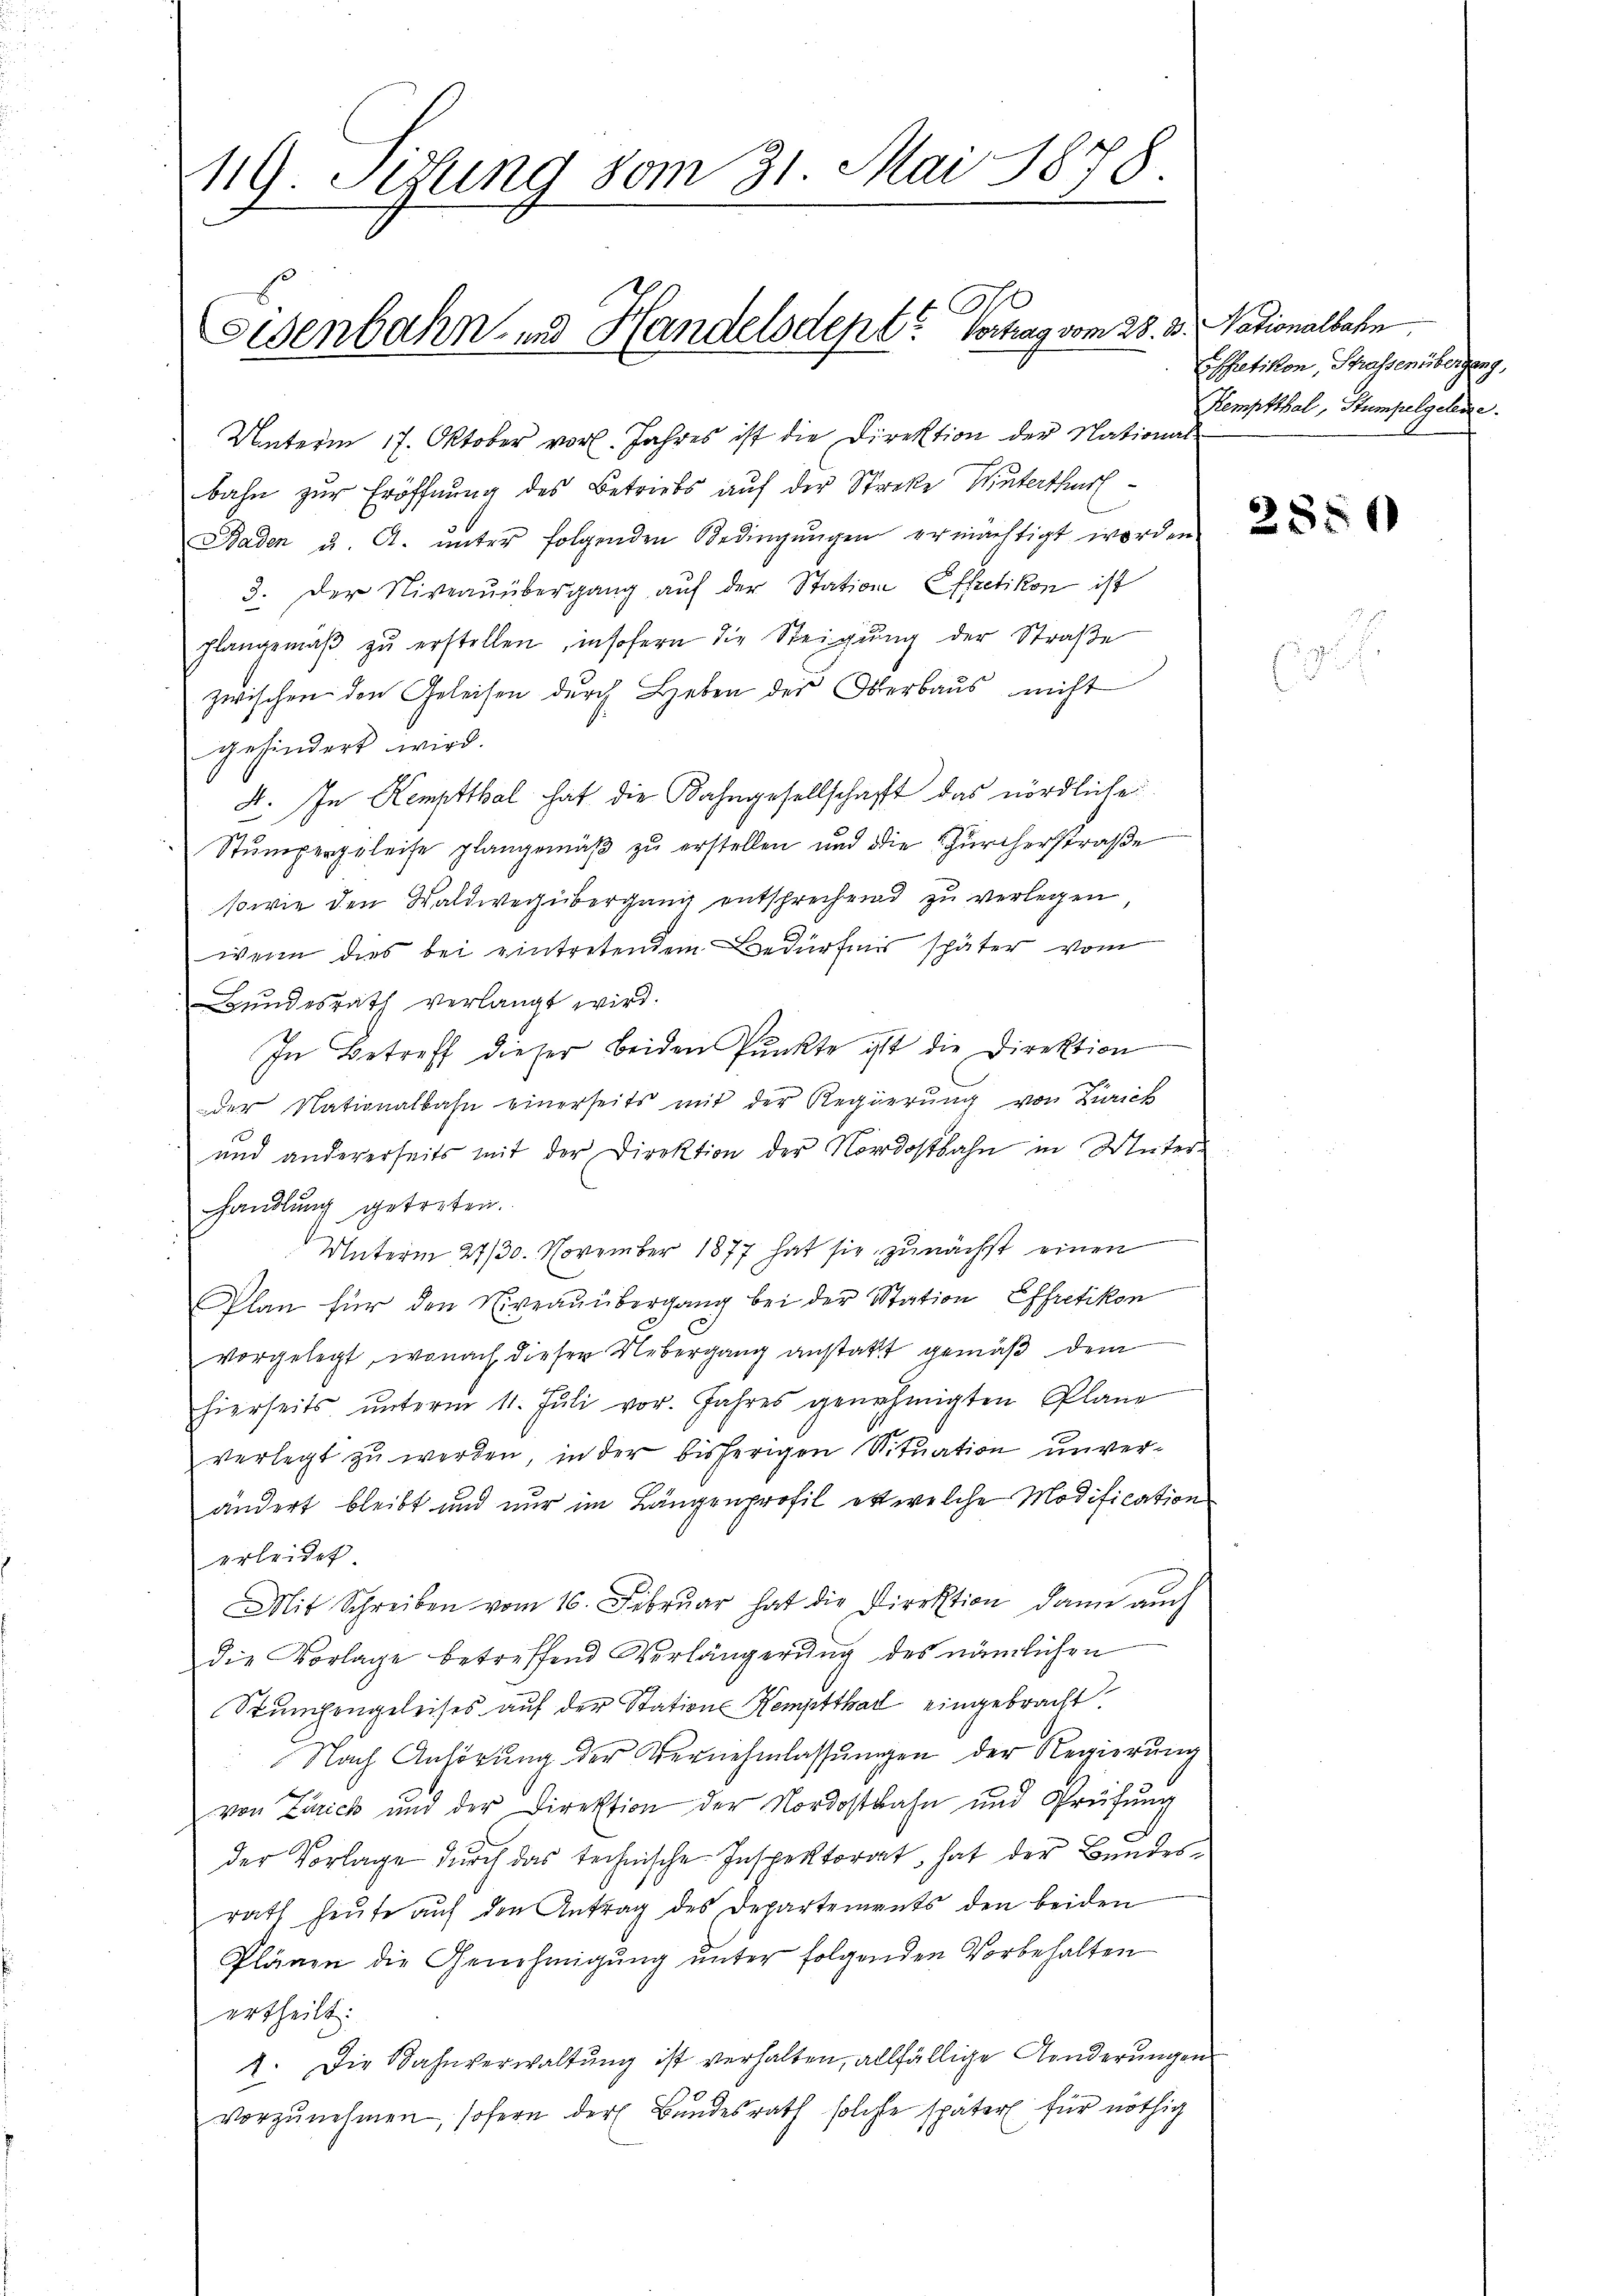
119. Sitzung vom 31. Mai 1878.

Unterm 17. Oktober vor. Jahres ist die Direktion der National
bahn zur Eröffnung des Betriebs auf der Streke Winterthur
Baden u. A. ŭnter folgenden Bedingŭngen ermächtigt worden
3. Der Niveaŭübergang aŭf der Station Effretikon ist
plangemäβ zŭ erstellen, insofern die Steigung der Straße
zwischen den Geleisen durch Leben des Oberbaus nicht
gehindert wird.
4. In Kemptthal hat die Bahngesellschaft das nördliche
Stumpergeleise plangemäβ zŭ erstellen und die Zürcherstraße
sowie den Waldweg übergang entsprechend zu verlegen
wenn dies bei eintretendem Bedürfnis später vom
Bundesrath verlangt wird.
In Betreff dieser beiden Pŭnkte ist die Direktion
der Nationalbahn einerseits mit der Regierŭng von Zürich
und andererseits mit der Direktion der Nordostbahn in Unter-
handlung getreten.
Unterm 27/30. November 1877 hat sie zunächst einen
Plan für den Niveaŭübergang bei der Station Effretikon
vorgelegt, wonach dieser Uebergang anstatt gemäß dem
hierseits ŭnterm 11. Jŭli vor. Jahres genehmigten Plane
verlegt zu werden, in der bisherigen Situation unverändert bleibt und nur im Längenprofil ert welche Modification
erleidet
Mit Schreiben vom 16. Febrŭar hat die Direktion dann auch
die Vorlage betreffend Verlängerung des nämlichen
Stumpengeleises auf der Stations Kemptthal eingebracht.
Nach Anhörung der Vernehmlassungen der Regierung
von Zürich und der Direktion der Nordostbahn und Prüfŭng
der Vorlage durch das technische Inspektorat, hat der Bundesrath heute auf den Antrag des Departements den beiden
Plänen die Genehmigŭng ŭnter folgenden Vorbehalten
ertheilt:
2. Die Bahnverwaltung ist verhalten, allfällige Aenderungen
vorzŭnehmen, sofern der Bundesrath solche später für nöthig

Eisenbahn und Handelsdept? Vortrag vom 28. d. Nationalbahn

Espetikon, Strassenübergang,
Kemptthal, Stumpelgelene

2850